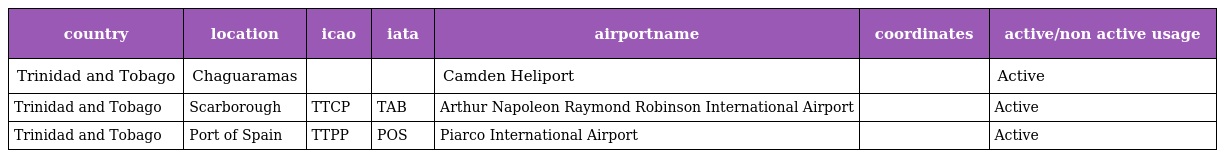
| country | location | icao | iata | airportname | coordinates | active/non active usage |
 | --- | --- | --- | --- | --- | --- | --- |
 | Trinidad and Tobago | Chaguaramas |  |  | Camden Heliport |  | Active |
 | Trinidad and Tobago | Scarborough | TTCP | TAB | Arthur Napoleon Raymond Robinson International Airport |  | Active |
 | Trinidad and Tobago | Port of Spain | TTPP | POS | Piarco International Airport |  | Active |